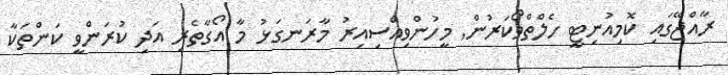
ރާއްޖޭގައި ކޮމިއުނިޓީ ހެލްތްވޯކަރުން